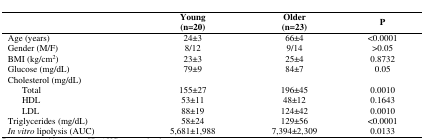
<table><thead><tr><td></td><td><b>Young(n=20)</b></td><td><b>Older(n=23)</b></td><td><b>P</b></td></tr></thead><tbody><tr><td>Age (years)</td><td>24±3</td><td>66±4</td><td>&lt;0.0001</td></tr><tr><td>Gender (M/F)</td><td>8/12</td><td>9/14</td><td>&gt;0.05</td></tr><tr><td>BMI (kg/cm<sup>2</sup>)</td><td>23±3</td><td>25±4</td><td>0.8732</td></tr><tr><td>Glucose (mg/dL)</td><td>79±9</td><td>84±7</td><td>0.05</td></tr><tr><td>Cholesterol (mg/dL)</td><td></td><td></td><td></td></tr><tr><td> Total</td><td>155±27</td><td>196±45</td><td>0.0010</td></tr><tr><td> HDL</td><td>53±11</td><td>48±12</td><td>0.1643</td></tr><tr><td> LDL</td><td>88±19</td><td>124±42</td><td>0.0010</td></tr><tr><td>Triglycerides (mg/dL)</td><td>58±24</td><td>129±56</td><td>&lt;0.0001</td></tr><tr><td><i>In vitro</i> lipolysis (AUC)</td><td>5,681±1,988</td><td>7,394±2,309</td><td>0.0133</td></tr></tbody></table>